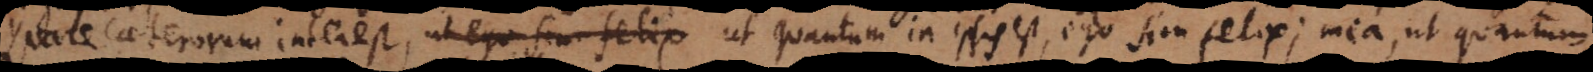
Quare caeterorum interest, ut ego sim felix quantum in ipsis est, ego sim felix; mea, ut quantum